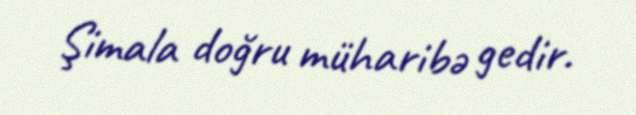
Şimala doğru müharibə gedir.